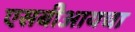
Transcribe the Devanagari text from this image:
एसबीआयचा